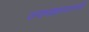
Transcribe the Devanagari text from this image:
उपाध्यक्षपदावरही